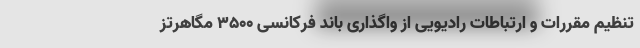
تنظیم مقررات و ارتباطات رادیویی از واگذاری باند فرکانسی ۳۵۰۰ مگاهرتز